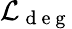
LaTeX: \mathcal{L}_{\mathrm{~d~e~g~}}